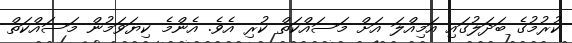
ކުރުމުގެ ބަދަލުގައި އަމިއްލަ އަށް މަސައްކަތް ކުރި އެވެ. އެންމެ ކިޔަވަމުން މަސައްކަތް